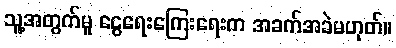
သူ့အတွက်မူ ငွေရေးကြေးရေးက အခက်အခဲမဟုတ်။